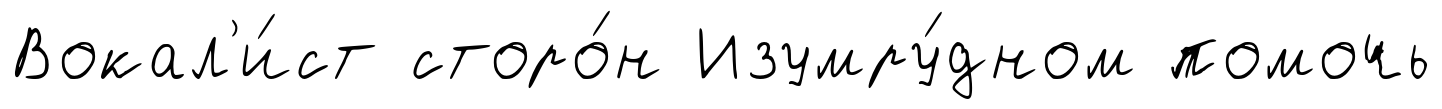
Вокал'и́ст сторо́н Изумру́дном помочь